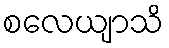
စလေယျာသိ